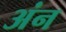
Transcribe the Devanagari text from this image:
अंन